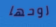
روحها